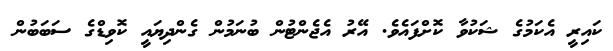
ކައިރީ އެކަމުގެ ޝަކުވާ ކޮށްފައެވެ. އޭރު އެޖެންޓުން ބުނަމުން ގެންދިޔައީ ކޮވިޑްގެ ސަބަބުން